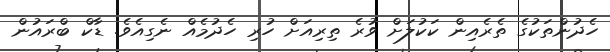
ހެދުންތަކުގެ ތެރެއިން ކަކުލަށް ވުރެ ތިރިއަށް ހުރި ހެދުމެއް ނެގިއެވެ. ޑާކް ބްރައުން